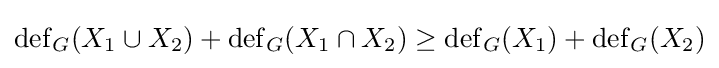
\operatorname {def} _{G}(X_{1}\cup X_{2})+\operatorname {def} _{G}(X_{1}\cap X_{2})\geq \operatorname {def} _{G}(X_{1})+\operatorname {def} _{G}(X_{2})